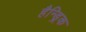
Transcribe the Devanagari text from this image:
हैन्ड्रिक